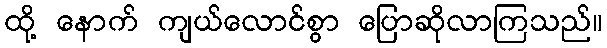
ထို့ နောက် ကျယ်လောင်စွာ ပြောဆိုလာကြသည်။